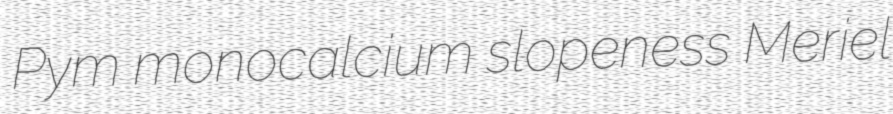
Pym monocalcium slopeness Meriel